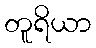
တူရိယာ